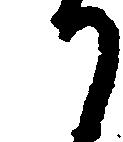
か